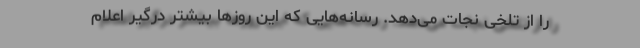
را از تلخی نجات می‌دهد. رسانه‌هایی که این روزها بیشتر درگیر اعلام